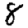
Digit: 8